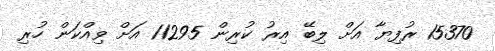
15370 ރުފިޔާ އަށް ލިބޭ އިރު ކުރިން 11295 އަށް ވިއްކަން ހުރި